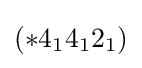
(*4_{1}4_{1}2_{1})